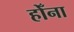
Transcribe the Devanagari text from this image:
होँना